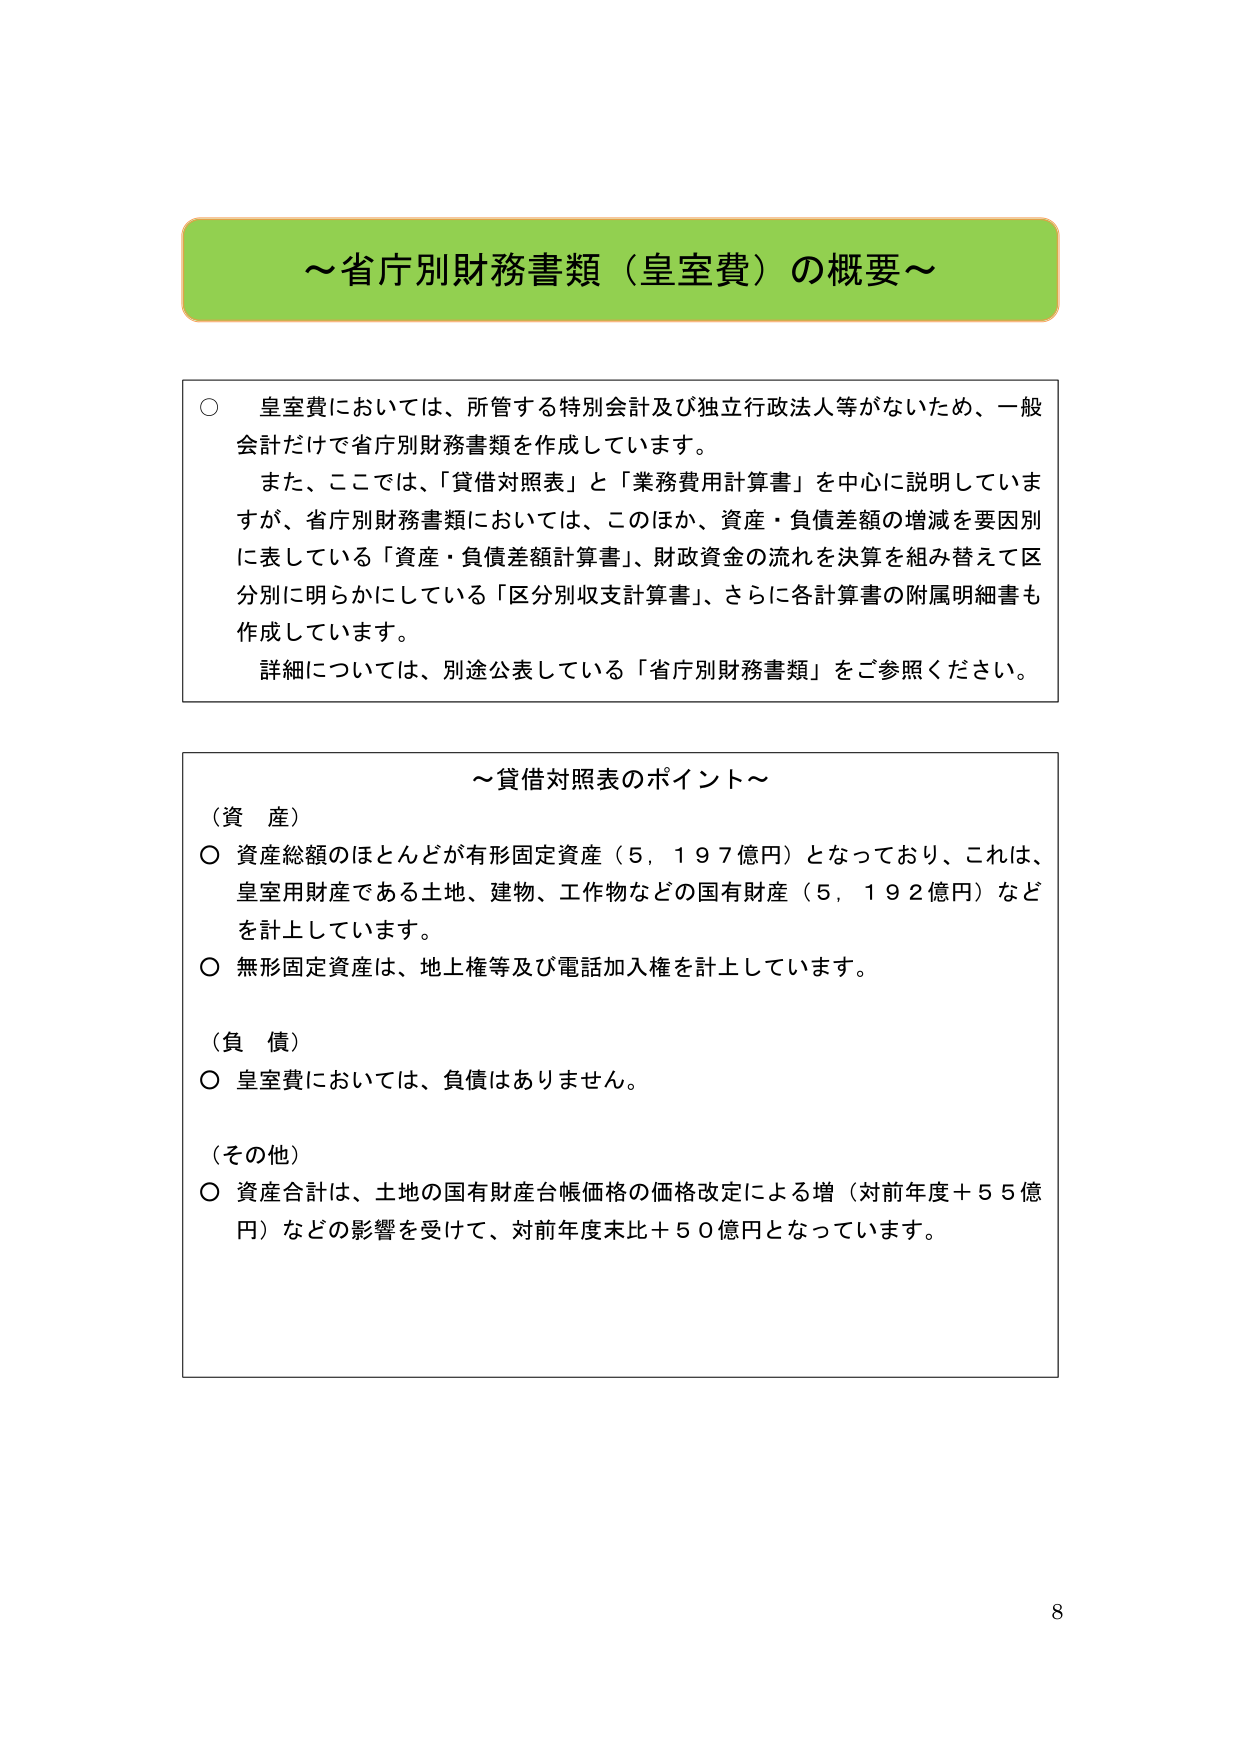
～省庁別財務書類（皇室費）の概要～

○ 皇室費においては、所管する特別会計及び独立行政法人等がないため、一般会計だけで省庁別財務書類を作成しています。
また、ここでは、「貸借対照表」と「業務費用計算書」を中心に説明していますが、省庁別財務書類においては、このほか、資産・負債差額の増減を要因別に表している「資産・負債差額計算書」、財政資金の流れを決算を組み替えて区分別に明らかにしている「区分別収支計算書」、さらに各計算書の附属明細書も作成しています。
詳細については、別途公表している「省庁別財務書類」をご参照ください。

～貸借対照表のポイント～

（資産）
○ 資産総額のほとんどが有形固定資産（５，１９７億円）となっており、これは、皇室用財産である土地、建物、工作物などの国有財産（５，１９２億円）などを計上しています。
○ 無形固定資産は、地上権等及び電話加入権を計上しています。

（負債）
○ 皇室費においては、負債はありません。

（その他）
○ 資産合計は、土地の国有財産台帳価格の価格改定による増（対前年度＋５５億円）などの影響を受けて、対前年度末比＋５０億円となっています。

8